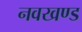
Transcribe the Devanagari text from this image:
नवखण्ड